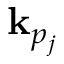
\mathbf { k } _ { p _ { j } }